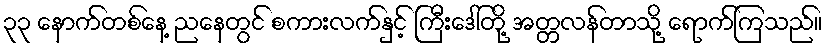
၃၃ နောက်တစ်နေ့ ညနေတွင် စကားလက်နှင့် ကြီးဒေါ်တို့ အတ္တလန်တာသို့ ရောက်ကြသည်။